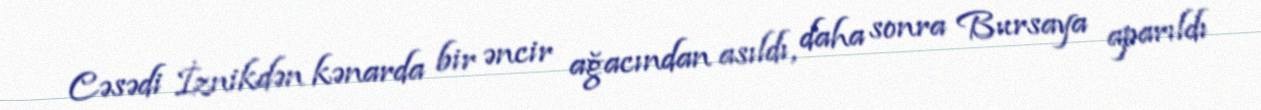
Cəsədi İznikdən kənarda bir əncir ağacından asıldı, daha sonra Bursaya aparıldı